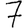
Digit: 7